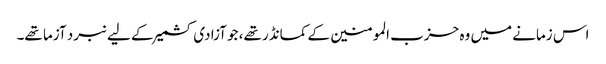
اس زمانے میں وہ حزب المومنین کے کمانڈر تھے، جو آزادی کشمیر کے لیے نبرد آزما تھے۔